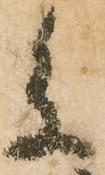
参